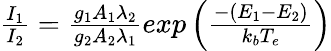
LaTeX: \begin{array}{r}{\frac{I_{1}}{I_{2}}=\frac{g_{1}A_{1}\lambda_{2}}{g_{2}A_{2}\lambda_{1}}exp\left(\frac{-(E_{1}-E_{2})}{k_{b}T_{e}}\right)}\end{array}